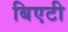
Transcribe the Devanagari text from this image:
बिएटी